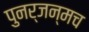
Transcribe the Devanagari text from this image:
पुनर्जन्मच